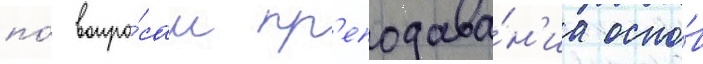
по́ вопро́сам пр'еподава́н'иа осно́в